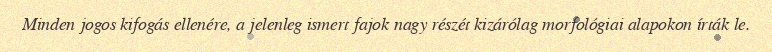
Minden jogos kifogás ellenére, a jelenleg ismert fajok nagy részét kizárólag morfológiai alapokon írták le.